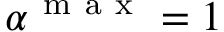
\alpha ^ { \mathrm { ~ m ~ a ~ x ~ } } = 1